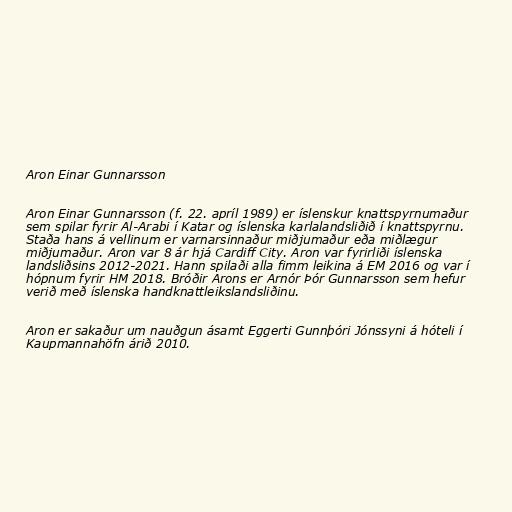
Aron Einar Gunnarsson

Aron Einar Gunnarsson (f. 22. apríl 1989) er íslenskur knattspyrnumaður
sem spilar fyrir Al-Arabi í Katar og íslenska karlalandsliðið í knattspyrnu.
Staða hans á vellinum er varnarsinnaður miðjumaður eða miðlægur
miðjumaður. Aron var 8 ár hjá Cardiff City. Aron var fyrirliði íslenska
landsliðsins 2012-2021. Hann spilaði alla fimm leikina á EM 2016 og var í
hópnum fyrir HM 2018. Bróðir Arons er Arnór Þór Gunnarsson sem hefur
verið með íslenska handknattleikslandsliðinu.

Aron er sakaður um nauðgun ásamt Eggerti Gunnþóri Jónssyni á hóteli í
Kaupmannahöfn árið 2010.